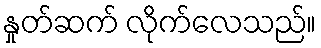
နှုတ်ဆက် လိုက်လေသည်။